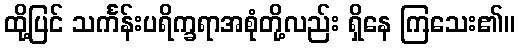
ထို့ပြင် သင်္ကန်းပရိက္ခရာအစုံတို့လည်း ရှိနေ ကြသေး၏။